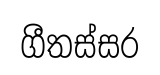
ගීතස්සර